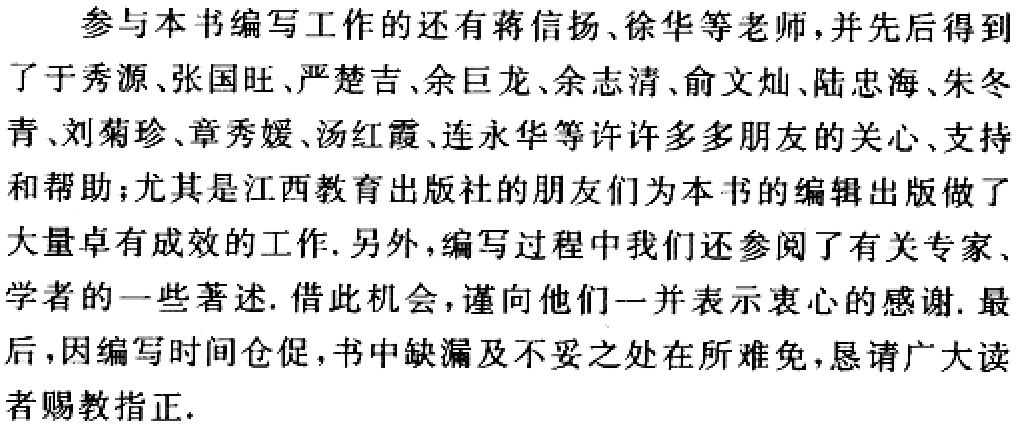
参与本书编写工作的还有蒋信扬、徐华等老师，并先后得到了于秀源、张国旺、严楚吉、余巨龙、余志清、俞文灿、陆忠海、朱冬青、刘菊珍、章秀媛、汤红霞、连永华等许许多多朋友的关心、支持和帮助；尤其是江西教育出版社的朋友们为本书的编辑出版做了大量卓有成效的工作.另外，编写过程中我们还参阅了有关专家、学者的一些著述.借此机会，谨向他们一并表示衷心的感谢.最后，因编写时间仓促，书中缺漏及不妥之处在所难免，恳请广大读者赐教指正.